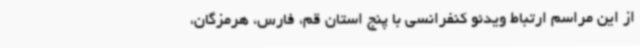
از این مراسم ارتباط ویدئو کنفرانسی با پنج استان قم، فارس، هرمزگان،